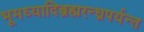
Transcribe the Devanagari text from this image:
भूमध्यादिब्रह्मरन्ध्रपर्यन्त